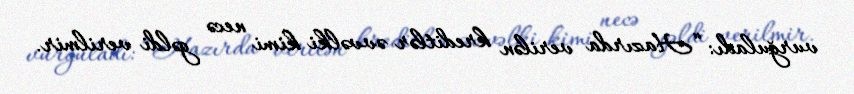
vurğuladı: “Hazırda verilən kreditlər əvvəlki kimi necə gəldi verilmir.